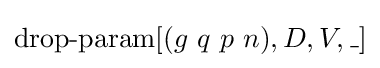
\operatorname {drop-param} [(g\ q\ p\ n),D,V,\_]